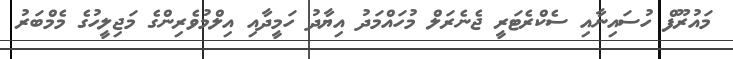
މައުރޫފް ހުސައިނާއި ސެކްރެޓަރީ ޖެނެރަލް މުހައްމަދު އިޔާދު ހަމީދާއި އިލްމުވެރިންގެ މަޖިލީހުގެ މެމްބަރު